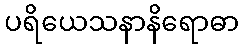
ပရိယေသနာနိရောဓာ